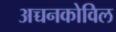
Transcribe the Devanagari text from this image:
अच्चनकोविल